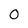
Character: O